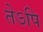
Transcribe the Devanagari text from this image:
तेऽपि